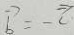
\overrightarrow { b } = - \overrightarrow { c }